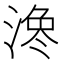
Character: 𪶳